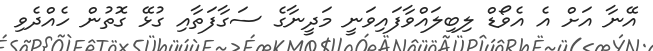
އޭނާ އަށް އެ އެވޯޑް ލިބިލައްވާފައިވަނީ މަދީނާގެ ސަގާފަތާއި ގުޅޭ ގޮތުން ހެއްދެވި